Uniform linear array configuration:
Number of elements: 32
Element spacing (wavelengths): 0.5
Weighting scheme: cosine
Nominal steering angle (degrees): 0
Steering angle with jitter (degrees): -1.417
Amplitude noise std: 0.05
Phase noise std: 0.05

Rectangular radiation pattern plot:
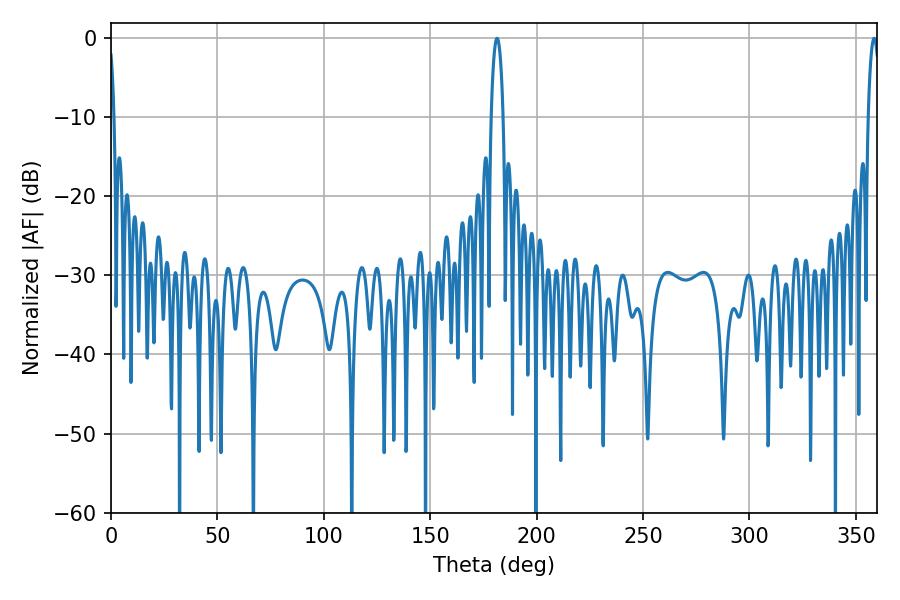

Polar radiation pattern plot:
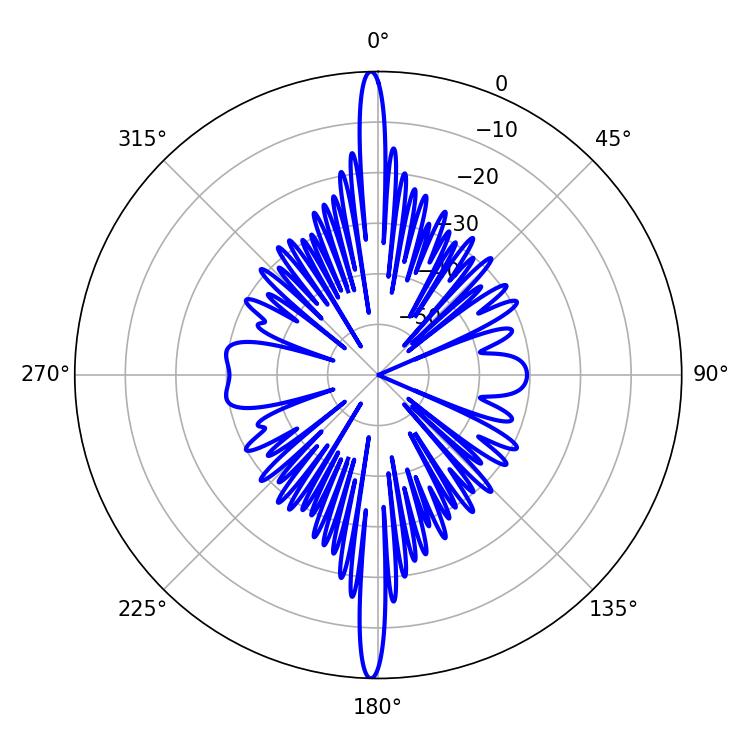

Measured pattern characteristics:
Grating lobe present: FALSE
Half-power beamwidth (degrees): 3.06
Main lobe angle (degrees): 358.56